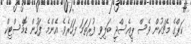
ކަޕްގެ މެޗަކުން ވެސް ޕީއެސްޖީ ބަލިވި ފުރަތަމަ ފަހަރެވެ. އެންމެ ފަހުން ޑޮމެސްޓިކް